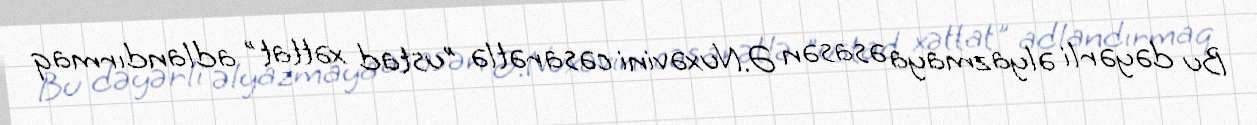
Bu dəyərli əlyazmaya əsasən Ə.Nuxəvini cəsarətlə "ustad xəttat" adlandırmaq